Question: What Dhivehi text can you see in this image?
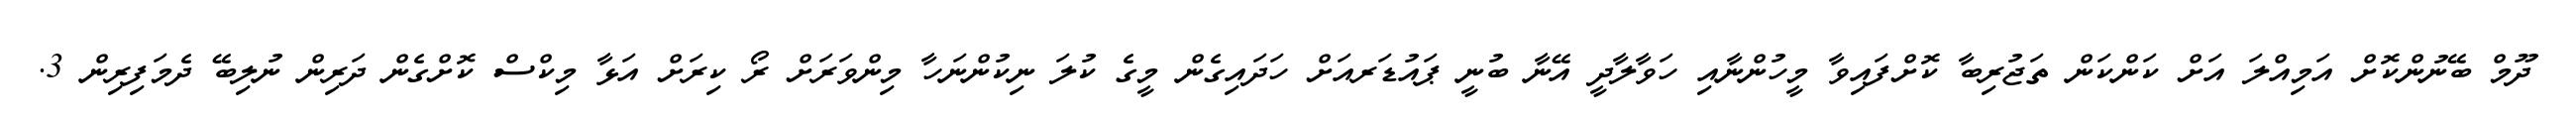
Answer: ދޫމް ބޭނުންކޮށް އަމިއްލަ އަށް ކަންކަން ތަޖުރިބާ ކޮށްފައިވާ މީހުންނާއި ހަވާލާދީ އޭނާ ބުނީ ޕައުޑަރއަށް ހަދައިގެން މީގެ ކުލަ ނިކުންނަހާ މިންވަރަށް ރޯ ކިރަށް އަޅާ މިކްސް ކޮށްގެން ދަރިން ނުލިބޭ ދެމަފިރިން 3.